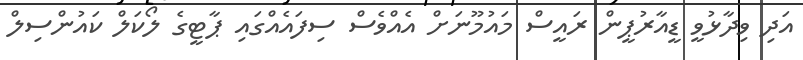
އަދި ވިދާޅުވީ ޑީއާރުޕީން ރައީސް މައުމޫނަށް އެއްވެސް ސިފައެއްގައި ޕާޓީގެ ލޯކަލް ކައުންސިލް